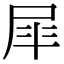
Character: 𭕝